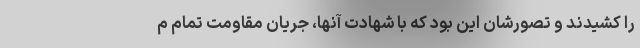
را کشیدند و تصورشان این بود که با شهادت آنها، جریان مقاومت تمام م